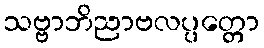
သဗ္ဗာဘိညာဗလပ္ပတ္တော